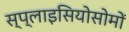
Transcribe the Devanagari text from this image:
स्प्लाइसियोसोमों